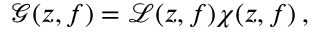
\mathcal { G } ( z , f ) = \mathcal { L } ( z , f ) \chi ( z , f ) \: ,